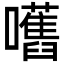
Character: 嚿